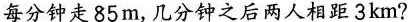
每分钟走85m，几分钟之后两人相距3km?